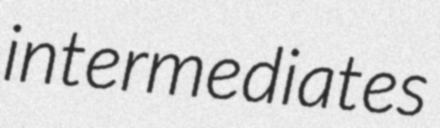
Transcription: intermediates